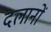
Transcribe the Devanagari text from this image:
दलानों